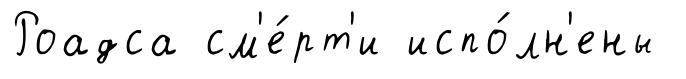
Роадса см'е́рт'и испо́лн'ены